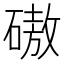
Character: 磝